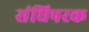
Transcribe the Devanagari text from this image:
संधिपरक